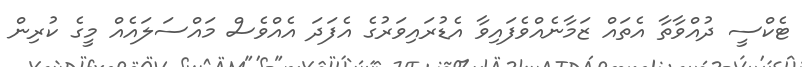
ޓެކްސީ ދުއްވާތާ އެތައް ޒަމާނެއްވެފައިވާ އެޑުރައިވަރުގެ އެފަދަ އެއްވެސް މައްސަލައެއް މީގެ ކުރިން